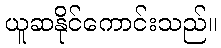
ယူဆနိုင်ကောင်းသည်။